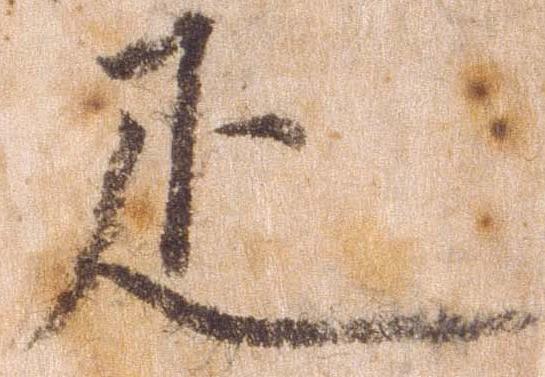
疋